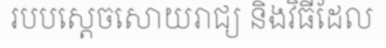
របបស្តេចសោយរាជ្យ និងវិធីដែល